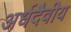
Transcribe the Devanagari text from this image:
अर्धदैवीय